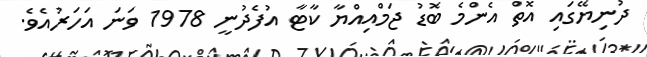
ދުނިޔޭގައި އޮތް އެންމެ ބޮޑު ޖަމްއިއްޔާ ކާޓާ އުފެދުނީ 1978 ވަނަ އަހަރުއެވެ.